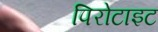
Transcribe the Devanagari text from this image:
पिरोटाइट